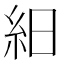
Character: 𥿀